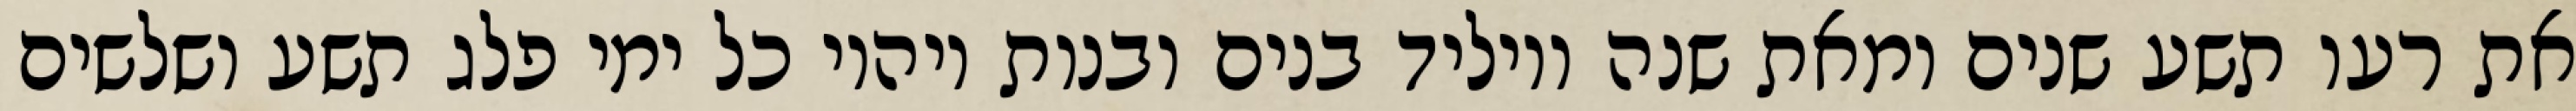
את רעו תשע שנים ומאת שנה ויוליד בנים ובנות ויהיו כל ימי פלג תשע ושלשים